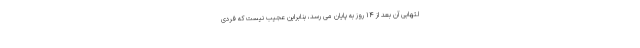
لتهابی آن بعد از ۱۴ روز به پایان می رسد، بنابراین عجیب نیست که فردی